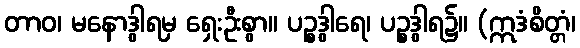
တာဝ၊ မနောဒွါရမှ ရှေးဦးစွာ။ ပဉ္စဒွါရေ၊ ပဉ္စဒွါရ၌။ (ဣဒံစိတ္တံ၊